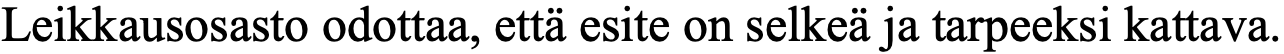
Leikkausosasto odottaa, että esite on selkeä ja tarpeeksi kattava.